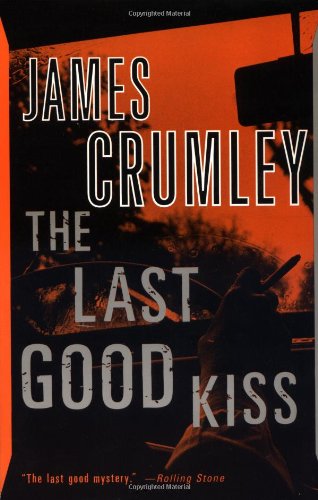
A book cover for The Last Good Kiss; James Crumley; Mystery, Thriller & Suspense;